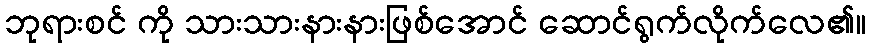
ဘုရားစင် ကို သားသားနားနားဖြစ်အောင် ဆောင်ရွက်လိုက်လေ၏။